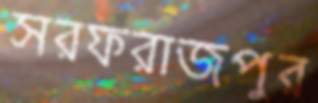
সরফরাজপুর